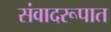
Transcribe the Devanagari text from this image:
संवादरूपात